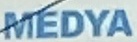
MEDYA